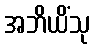
အဘိယိံသု